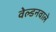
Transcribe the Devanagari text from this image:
वेल्डनवाले